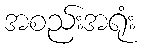
အစည်းအရုံး